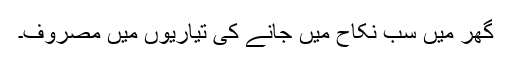
گھر میں سب نکاح میں جانے کی تیاریوں میں مصروف۔